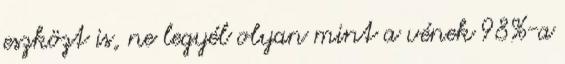
eszközt is, ne legyél olyan mint a vének 98%-a